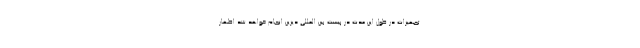
تجهیزات در طول این مدت در پیست بین المللی دیزین انجام خواهد شد اظهار